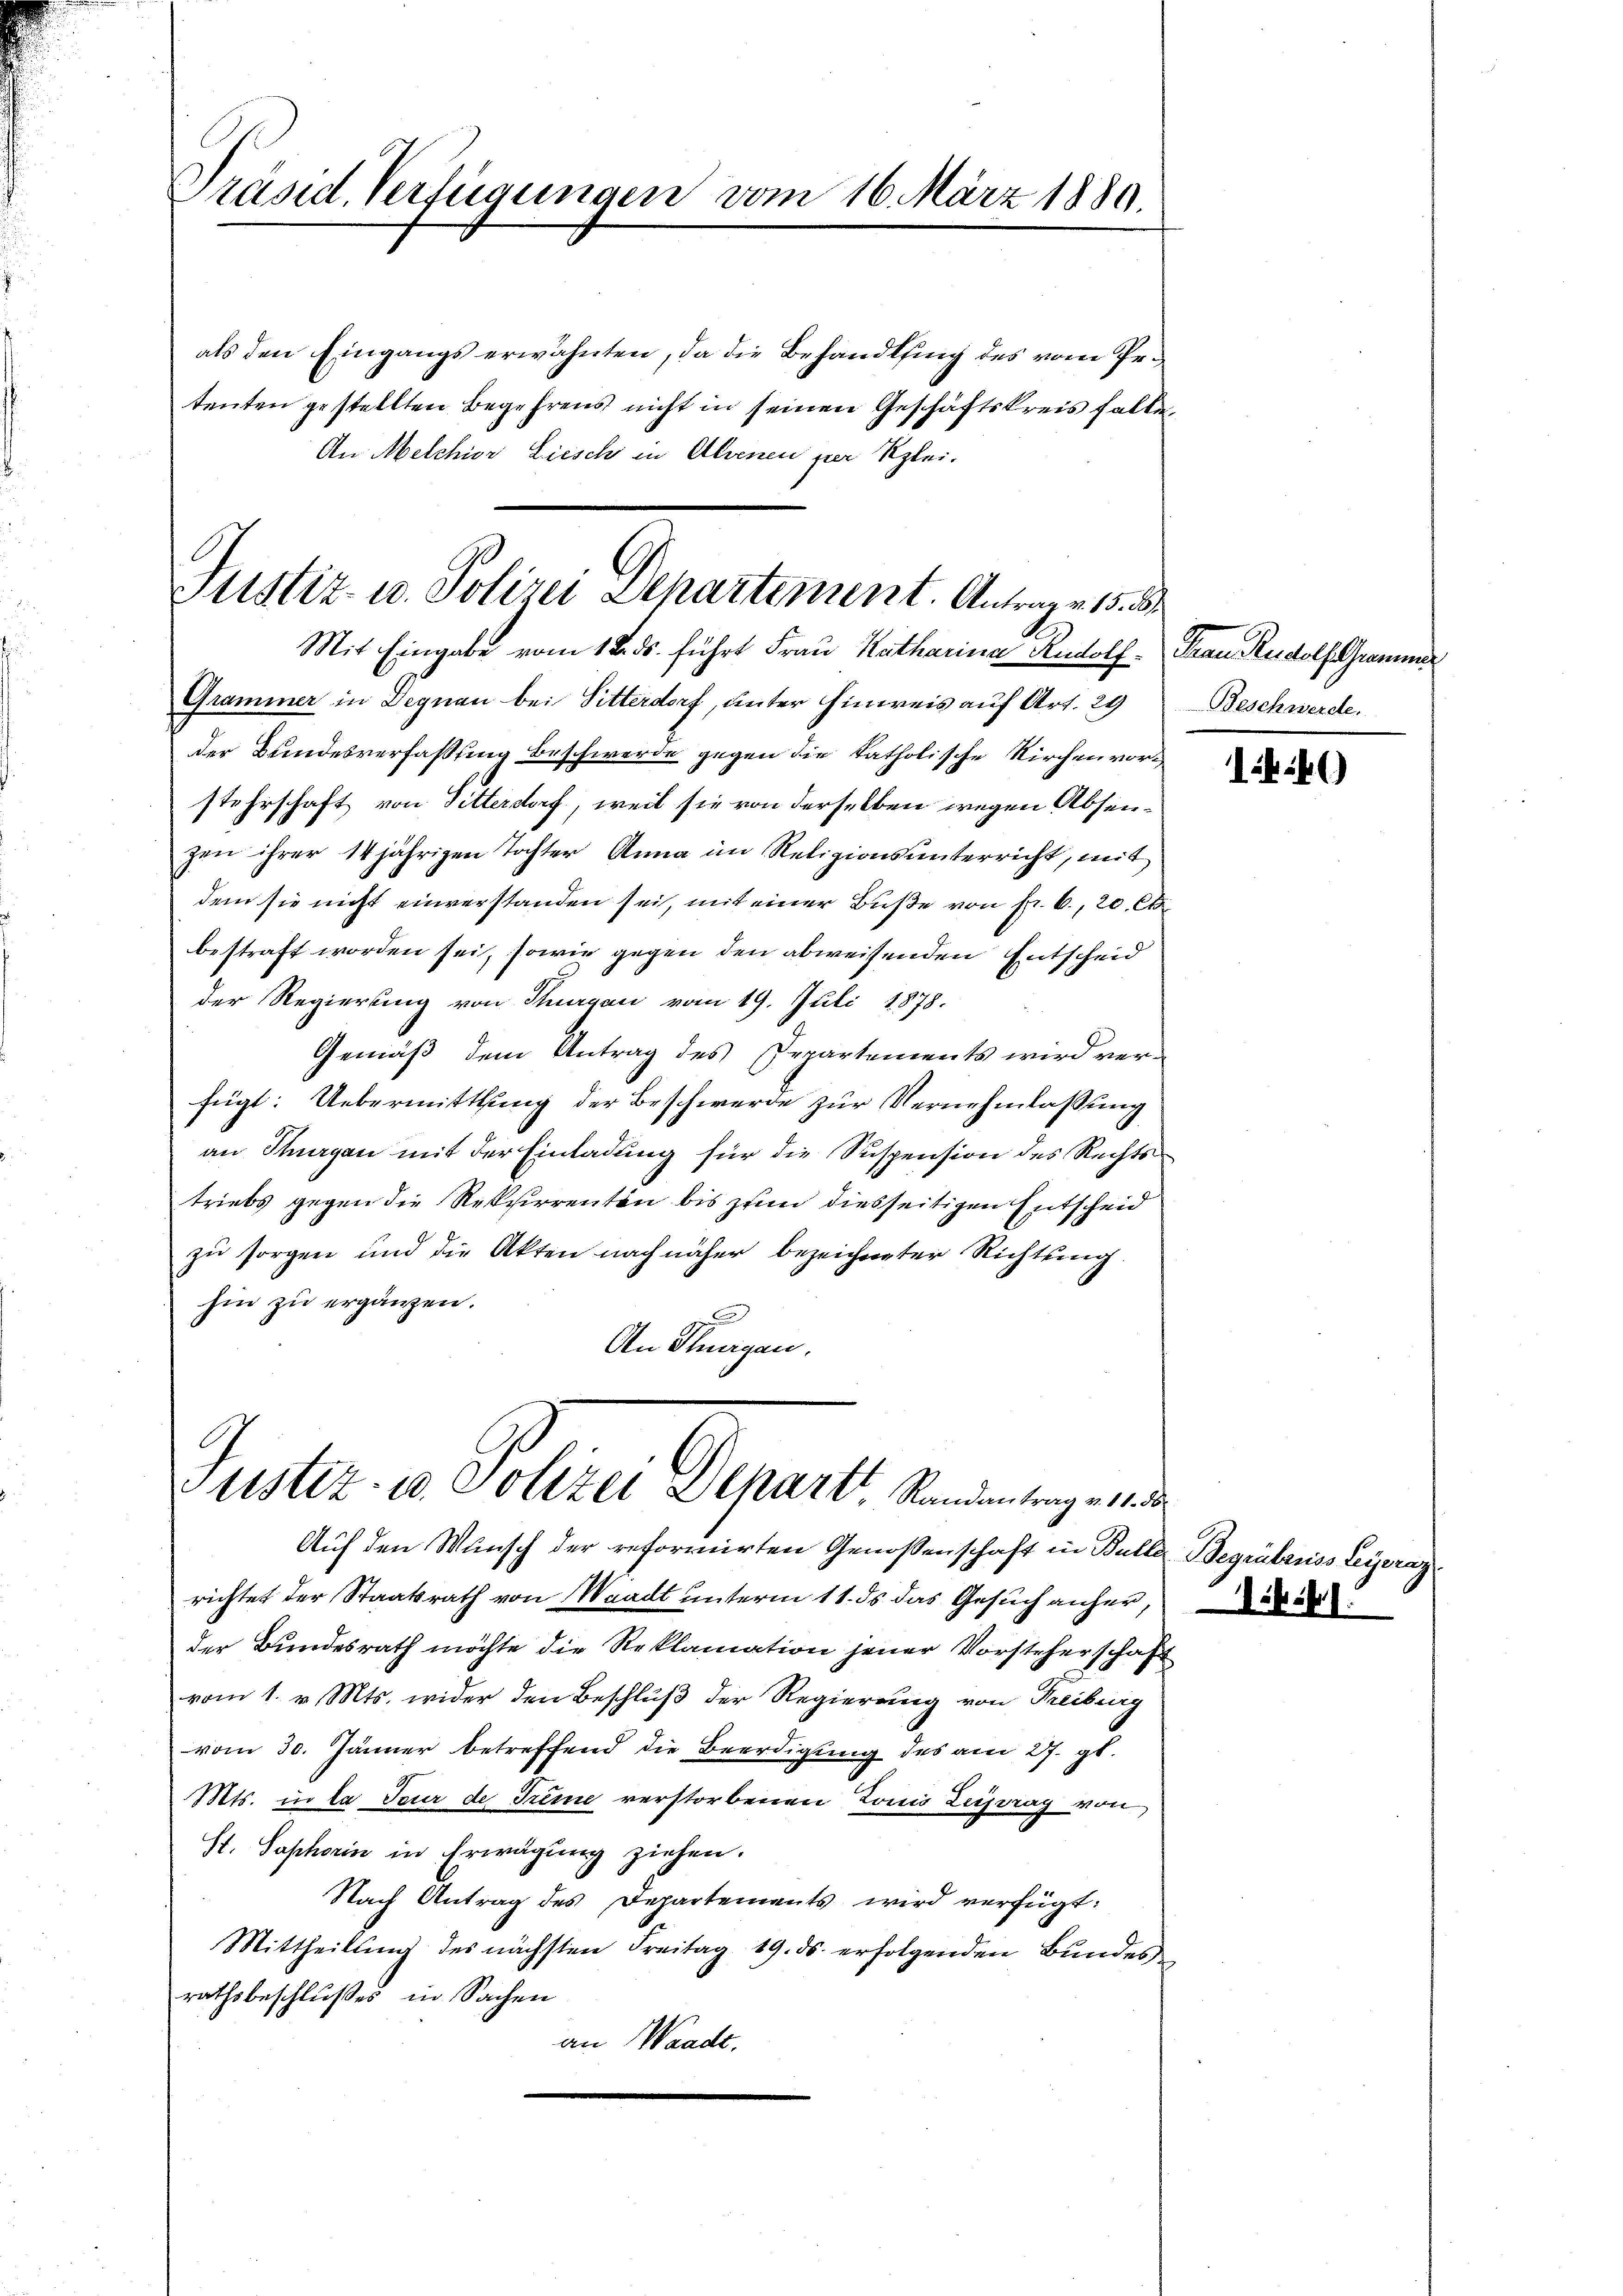
Präsid. Verfügungen vom 16. März 1889.

als den Eingangs erwähnten, da die Behandlung des vom Petenten gestellten Begehrens nicht in seinen Geschäftskreis falle,
An Melchior Liesch in Alvenen per Klei¬

Justiz- u. Polizei Departement. Antrage 15. 54
Mit Eingabe vom 12. ds. führt Frau Katharina Rudolf Frau Rudolf Grammer

Gunter u. Polize Gener Kindenergeben

Grammer in Degnau bei Sitterdorf, unter Hinweis auf Art. 29
der Bundesverfaßung beschwerde gegen die katholische Kirchenvorsteherschaft von Sitterdorf, weil sie von derselben wegen Absenzen ihrer 14jährigen Tochter Anna im Religionsunterricht, mit
dem sie nicht einverstanden sei, mit einer Buße von Fr. 6., 20 Ct
bestraft worden sei, sowie gegen den abweisenden Entscheid
der Regierung von Thurgau vom 19. Juli 1878.
Gemäß dem Antrag des Departements wird verfügt: Uebermittlung der Beschwerde zur Vernehmlassung
an Stuagan mit der Einladung für die Suspension des Rechts
triebs gegen die Rekurrenten bis zum diesseitigen Entscheid
zu sorgen und die Akten nach näher bezeichneter Richtung.
hin zu ergänzen.
An Flurgau.

Beschwerde.

Auf den Wunsch der reformirten Genossenschaft in Bulle Begräberiss Leyeray
richtet der Staatsrath von Waadt unterm 11. ds das Gesuch anher,
der Bundesrath möchte die Reklamation jener Vorsteherschaft
vom 1. v. Mts. wider den Beschluß der Regierung von Treiburg
vom 30. Jänner betreffend die Beerdigung des am 27. gl.
Mts. in la Feur de Trime verstorbenen Louis Zeitrag von
St. Saphorin in Erwägung ziehen.
Nach Antrag des Departements wird verfügt:
Mittheilŭng des nächsten Freitag 19. ds. erfolgenden Bŭndes
rathsbeschlußes in Sachen
an Waadt.

14.40)

1 ff.